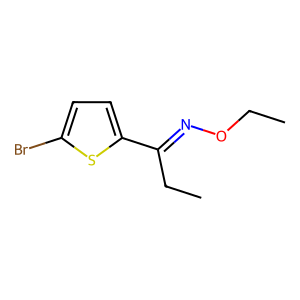
SMILES: CCON=C(CC)c1ccc(Br)s1
Inhibits HIV replication: No